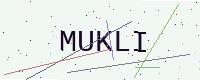
Text: MUKLI